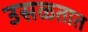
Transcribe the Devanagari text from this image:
उसळतात